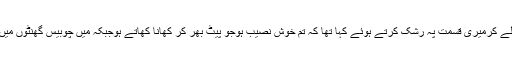
میں نے کہاکہ کم وبیش پانچ روٹیاں کھاتاہوں تواس نے ٹھنڈی سانس لے کرمیری قسمت پہ رشک کرتے ہوئے کہا تھا کہ تم خوش نصیب ہوجو پیٹ بھر کر کھانا کھاتے ہوجبکہ میں چوبیس گھنٹوں میں زیادہ سے زیادہ آدھی روٹی کھاتاہوں ورنہ زیادہ تر دوائیاں کھاتاہوں۔